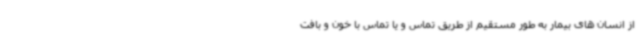
از انسان های بیمار به طور مستقیم از طریق تماس و یا تماس با خون و بافت